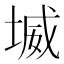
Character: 㙎